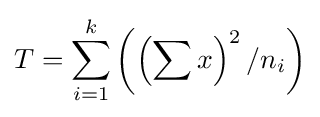
T=\sum _{i=1}^{k}\left(\left(\sum x\right)^{2}/n_{i}\right)